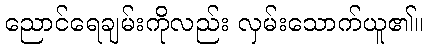
ညောင်ရေချမ်းကိုလည်း လှမ်းသောက်ယူ၏။